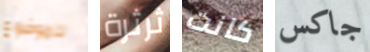
للموضوع ثرثرة كانت جاكس